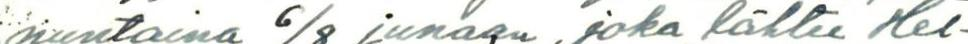
nuntaina 6/8 junaan, joka lähtee Hel-